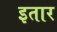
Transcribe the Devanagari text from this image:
इतार